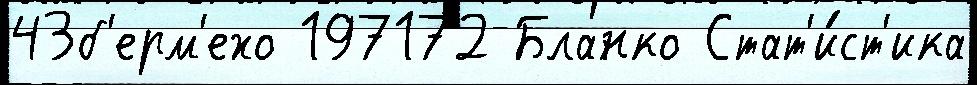
43б'ерм'ехо 197172 Бланко Стат'и́ст'ика